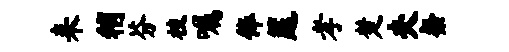
耒稍芬枝嘱俸筵孝楚夫粲